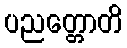
ပညတ္တောတိ